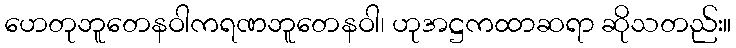
ဟေတုဘူတေနဝါကရဏဘူတေနဝါ၊ ဟုအဋ္ဌကထာဆရာ ဆိုသတည်း။